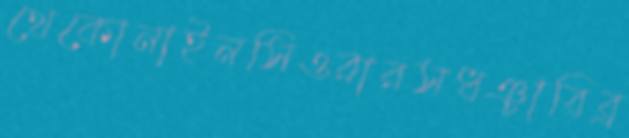
থেকোনাইনসিওরারসধঞ্চাবিব্র